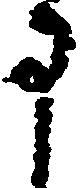
申